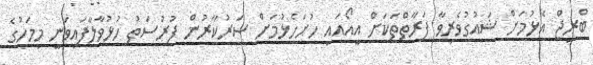
ބްރިޖް އެޅުމަށް ޝައުގުވެރިވާ ފަރާތްތަކަށް އީއޯއައި ހުށަހެޅުމަށް ސަރުކާރުން ފުރުސަތު ހުޅުވާލާފައިވަނީ މިމަހުގެ